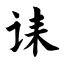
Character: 诔